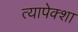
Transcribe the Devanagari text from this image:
त्यापेक्शा